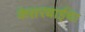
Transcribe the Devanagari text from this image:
केसरबाईंचा